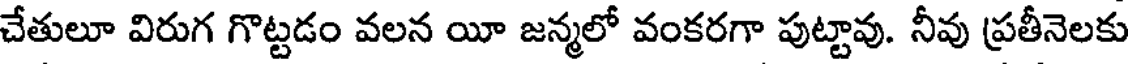
చేతులూ విరుగ గొట్టడం వలన యీ జన్మలో వంకరగా పుట్టావు. నీవు ప్రతీనెలకు